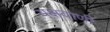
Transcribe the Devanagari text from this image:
यक्षवाणी